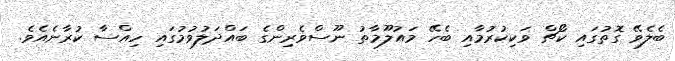
ބެލެވޭ ގޮތުގައި ކޯޗް ވަކިކުރުމާއި ބެހޭ މައުލޫމާތު ނޫސްވެރިންގެ ބައްދަލުވުމުގައި ހިއްސާ ކުރާނެއެވެ.